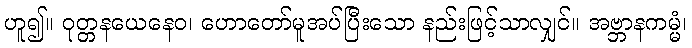
ဟူ၍။ ဝုတ္တနယေနေဝ၊ ဟောတော်မူအပ်ပြီးသော နည်းဖြင့်သာလျှင်။ အဗ္ဘာနကမ္မံ၊